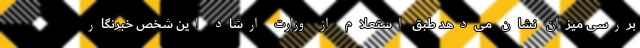
بررسی میزان نشان می‌دهد طبق استعلام از وزارت ارشاد این شخص خبرنگار